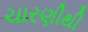
ચારણીથી